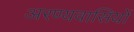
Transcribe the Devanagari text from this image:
अरण्यवासियों